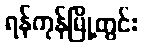
ရန်ကုန်မြို့တွင်း